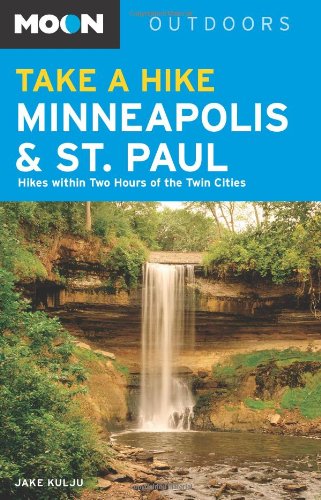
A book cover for Moon Take a Hike Minneapolis and St. Paul: Hikes within Two Hours of the Twin Cities (Moon Outdoors); Jake Kulju; Travel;